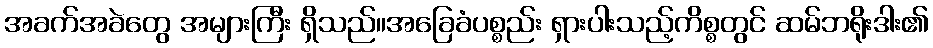
အခက်အခဲတွေ အများကြီး ရှိသည်။အခြေခံပစ္စည်း ရှားပါးသည့်ကိစ္စတွင် ဆမ်ဘရိုးဒါး၏